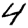
Digit: 4